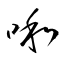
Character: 啝